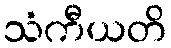
သံကီယတိ